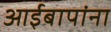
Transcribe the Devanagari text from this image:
आईबापांना